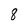
Character: 8